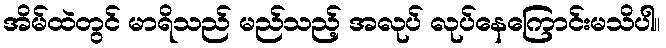
အိမ်ထဲတွင် မာရိသည် မည်သည့် အလုပ် လုပ်နေကြောင်းမသိပါ။